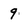
Character: 9